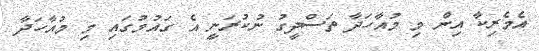
އެމެރިކާ އިން މި މުއާހަދާ ތަސްދީގު ނުކުރަނީ އެ ގައުމުގައި މި މުއާހަދާ